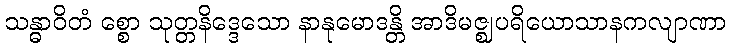
သန္ဓာဝိတံ စ္စော သုတ္တနိဒ္ဒေသော နာနုမောဒန္တိ အာဒိမဇ္ဈပရိယောသာနကလျာဏာ